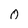
Character: 0